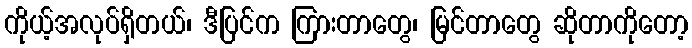
ကိုယ့်အလုပ်ရှိတယ်၊ ဒီပြင်က ကြားတာတွေ၊ မြင်တာတွေ ဆိုတာကိုတော့